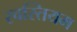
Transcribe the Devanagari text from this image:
स्वस्तियम